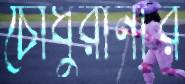
চৌধুরানীর